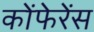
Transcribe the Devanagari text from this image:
कोंफेरेंस